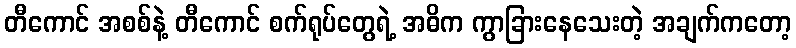
တီကောင် အစစ်နဲ့ တီကောင် စက်ရုပ်တွေရဲ့ အဓိက ကွာခြားနေသေးတဲ့ အချက်ကတော့